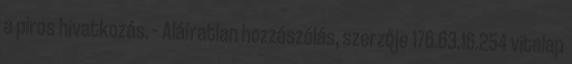
a piros hivatkozás. – Aláíratlan hozzászólás, szerzője 176.63.16.254 vitalap